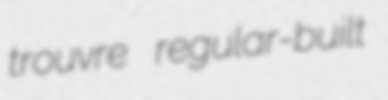
trouvre regular-built